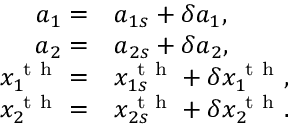
\begin{array} { r l } { a _ { 1 } = } & { { } a _ { 1 s } + \delta a _ { 1 } , } \\ { a _ { 2 } = } & { { } a _ { 2 s } + \delta a _ { 2 } , } \\ { x _ { 1 } ^ { \mathrm { ~ t ~ h ~ } } = } & { { } x _ { 1 s } ^ { \mathrm { ~ t ~ h ~ } } + \delta x _ { 1 } ^ { \mathrm { ~ t ~ h ~ } } , } \\ { x _ { 2 } ^ { \mathrm { ~ t ~ h ~ } } = } & { { } x _ { 2 s } ^ { \mathrm { ~ t ~ h ~ } } + \delta x _ { 2 } ^ { \mathrm { ~ t ~ h ~ } } . } \end{array}